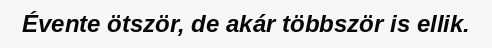
Évente ötször, de akár többször is ellik.